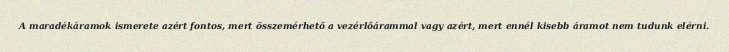
A maradékáramok ismerete azért fontos, mert összemérhető a vezérlőárammal vagy azért, mert ennél kisebb áramot nem tudunk elérni.